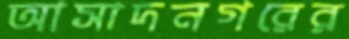
আসাদনগরের